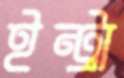
ইন্ট্রা